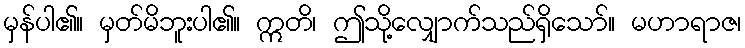
မှန်ပါ၏။ မှတ်မိဘူးပါ၏။ ဣတိ၊ ဤသို့လျှောက်သည်ရှိသော်။ မဟာရာဇ၊